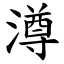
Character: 澊